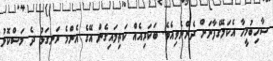
ސާހިބުމީހާ އެކަލޭގެފާނަށް ދެންނެވިއެވެ. ބަކަރިއެއް ކަތިލައިގެން އޭގެ އެންމެ ރަނގަޅު ދެ މަސްކޮޅު